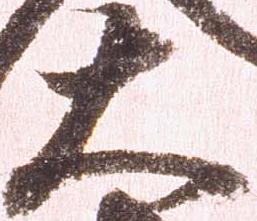
大